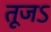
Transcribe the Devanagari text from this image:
तूजऽ